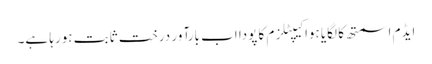
ایڈم اسمتھ کا لگایا ہوا کیپٹلزم کا پودا اب بارآور درخت ثابت ہورہا ہے۔